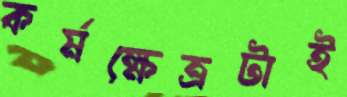
কর্মক্ষেত্রটাই